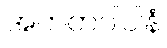
အကတပါပါနံ